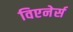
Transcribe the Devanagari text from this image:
विएनेर्स